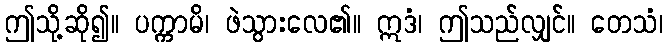
ဤသို့ဆို၍။ ပက္ကာမိ၊ ဖဲသွားလေ၏။ ဣဒံ၊ ဤသည်လျှင်။ တေသံ၊